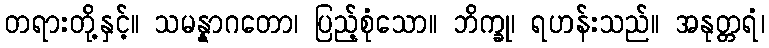
တရားတို့နှင့်။ သမန္နာဂတော၊ ပြည့်စုံသော။ ဘိက္ခု၊ ရဟန်းသည်။ အနုတ္တရံ၊